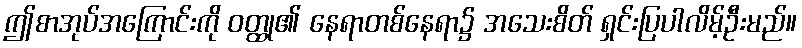
ဤစာအုပ်အကြောင်းကို ဝတ္ထု၏ နေရာတစ်နေရာ၌ အသေးစိတ် ရှင်းပြပါလိမ့်ဦးမည်။